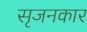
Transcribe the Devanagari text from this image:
सृजनकार